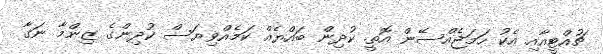
ޗުއްޓީއާއި އެކު ހަމަޖެއްސޭން އޮތީ. ކުދިން ބައްޔެއް ކަމެއްވިޔަސް ކުދިންގެ ޒިންމާ ނަގާ